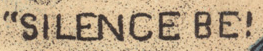
"SILENCE BE!